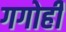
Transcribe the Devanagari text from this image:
गगोही